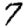
Digit: 7